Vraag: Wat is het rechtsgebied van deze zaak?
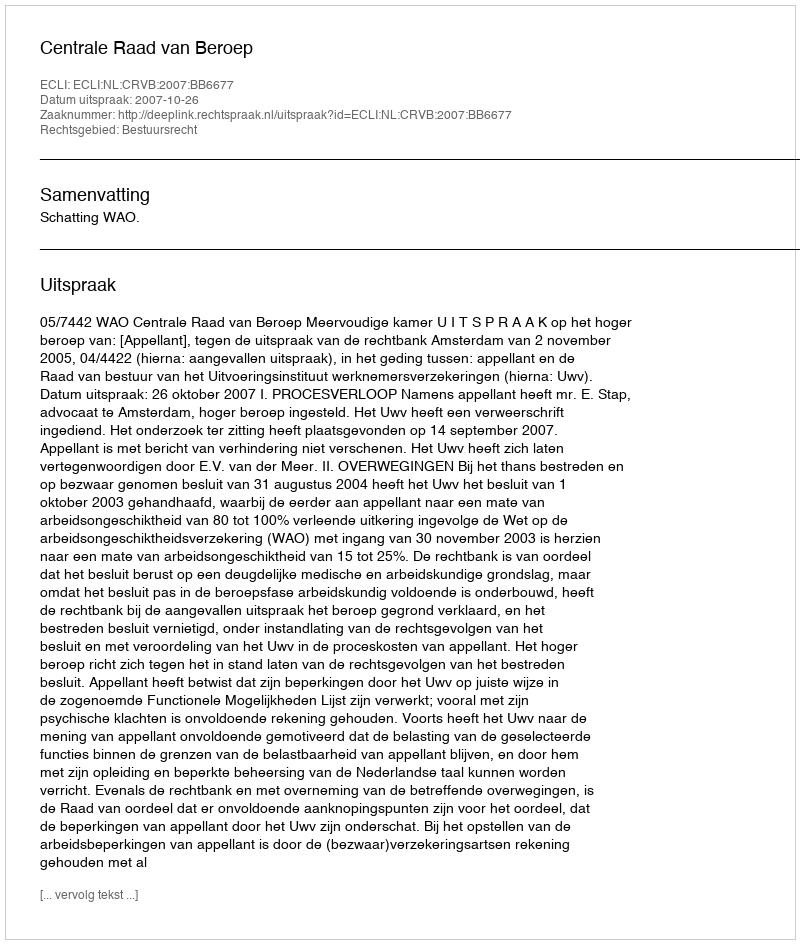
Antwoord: Bestuursrecht